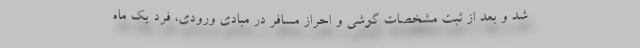
شد و بعد از ثبت مشخصات گوشی و احراز مسافر در مبادی ورودی، فرد یک ماه